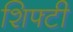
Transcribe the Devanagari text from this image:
शिफ्टी